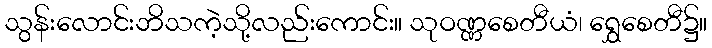
သွန်းလောင်းဘိသကဲ့သို့လည်းကောင်း။ သုဝဏ္ဏစေတီယံ၊ ရွှေစေတီ၌။